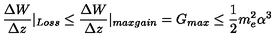
\frac { \Delta W } { \Delta z } | _ { L o s s } \leq \frac { \Delta W } { \Delta z } | _ { m a x g a i n } = G _ { m a x } \leq \frac { 1 } { 2 } m _ { e } ^ { 2 } \alpha ^ { 3 }